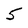
Character: 5